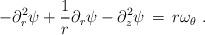
LaTeX: \begin{align*} -\partial_r^2 \psi + \frac{1}{r}\partial_r \psi - \partial_z^2 \psi \,=\, r \omega_\theta~.\end{align*}